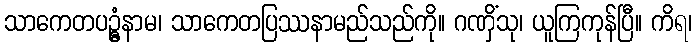
သာကေတပဥ္ဓံနာမ၊ သာကေတပြဿနာမည်သည်ကို။ ဂဏှိံသု၊ ယူကြကုန်ပြီ။ ကိရ၊